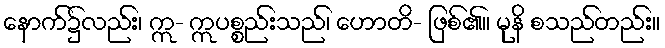
နောက်၌လည်း၊ ဣ- ဣပစ္စည်းသည်၊ ဟောတိ- ဖြစ်၏။ မုနိ စသည်တည်း။